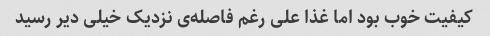
کیفیت خوب بود اما غذا علی رغم فاصله‌ی نزدیک خیلی دیر رسید